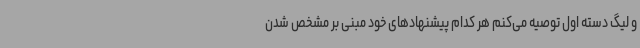
و لیگ دسته اول توصیه می‌کنم هر کدام پیشنهادهای خود مبنی بر مشخص شدن